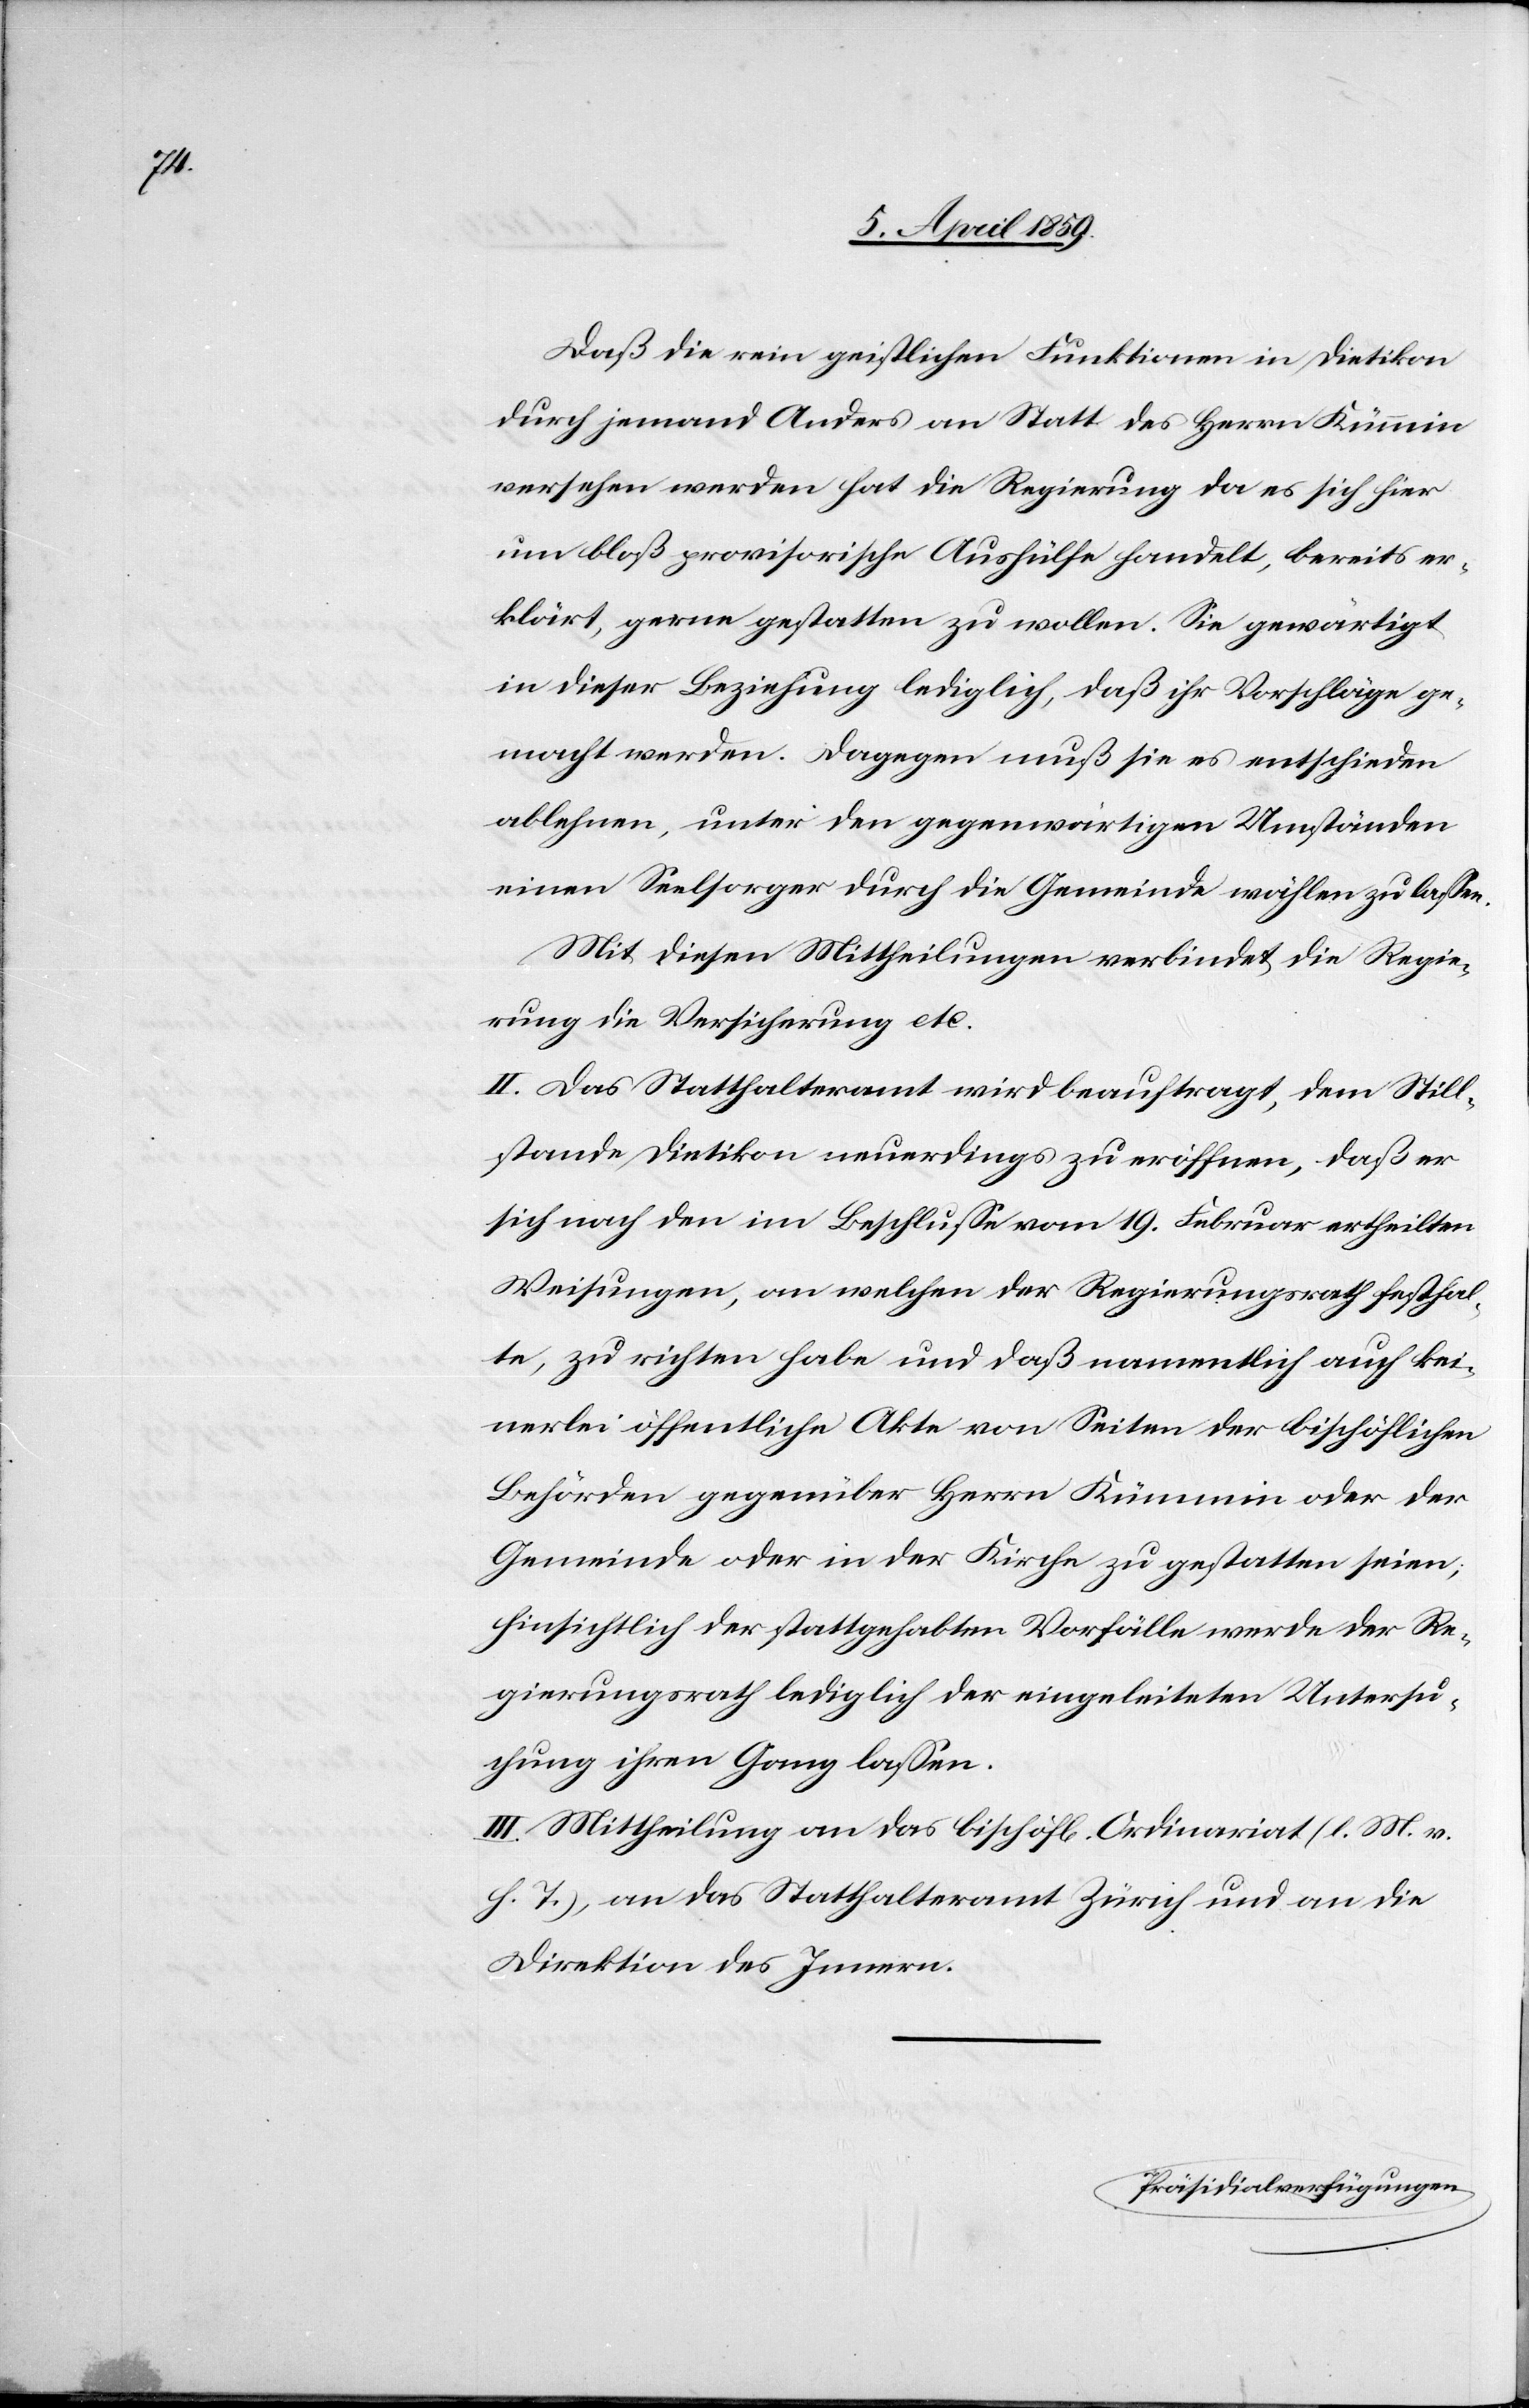
Daß die rein geistlichen Funktionen in Dietikon
durch jemand Anders an Statt des Herrn Kümmin
versehen werden hat die Regierung da es sich hier
um bloß provisorische Aushülfe handelt, bereits er¬
klärt, gerne gestatten zu wollen. Sie gewärtigt
in dieser Beziehung lediglich, daß ihr Vorschläge ge¬
macht werden. Dagegen muß sie es entschieden
ablehnen, unter den gegenwärtigen Umständen
einen Seelsorger durch die Gemeinde wählen zu laßen.
Mit diesen Mittheilungen verbindet die Regie¬
rung die Versicherung etc.
II. Das Statthalteramt wird beauftragt, dem Still¬
stande Dietikon neuerdings zu eröffnen, daß er
sich nach den im Beschluße vom 19. Februar ertheilten
Weisungen, an welchen der Regierungsrath festhal¬
te, zu richten habe und daß namentlich auch kei¬
nerlei öffentliche Akte von Seiten der bischöflichen
Behörden gegenüber Herrn Kümmin oder der
Gemeinde oder in der Kirche zu gestatten seien;
hinsichtlich der stattgehabten Vorfälle werde der Re¬
gierungsrath lediglich der eingeleiteten Untersu¬
chung ihren Gang laßen.
III. Mittheilung an das bischöfl. Ordinariat (l. M. v.
h. T.), an das Statthalteramt Zürich und an die
Direktion des Innern.